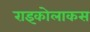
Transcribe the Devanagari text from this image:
राइकोलाकस